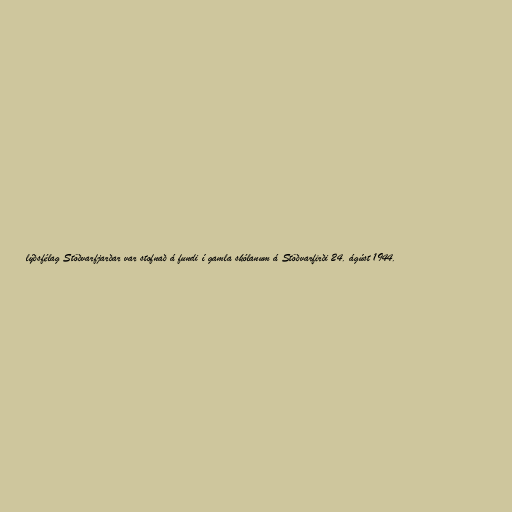
lýðsfélag Stöðvarfjarðar var stofnað á fundi í gamla skólanum á Stöðvarfirði 24. ágúst 1944.